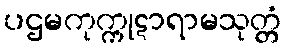
ပဌမကုက္ကုဋာရာမသုတ္တံ